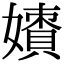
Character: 𡢲